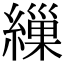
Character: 繅